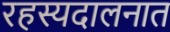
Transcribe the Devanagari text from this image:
रहस्यदालनात